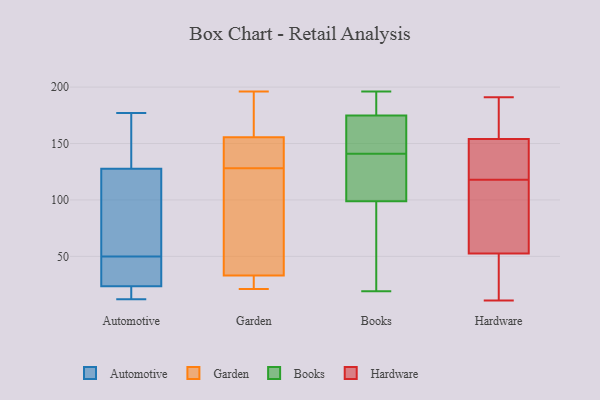
{"axis": {"x": "Conversion Rate (%)", "y": "Value"}, "legend": ["Automotive", "Books", "Garden", "Hardware"], "data": [{"x": "", "y": 142, "type": "Automotive"}, {"x": "", "y": 123, "type": "Automotive"}, {"x": "", "y": 16, "type": "Automotive"}, {"x": "", "y": 29, "type": "Automotive"}, {"x": "", "y": 26, "type": "Automotive"}, {"x": "", "y": 50, "type": "Automotive"}, {"x": "", "y": 14, "type": "Automotive"}, {"x": "", "y": 12, "type": "Automotive"}, {"x": "", "y": 50, "type": "Automotive"}, {"x": "", "y": 76, "type": "Automotive"}, {"x": "", "y": 177, "type": "Automotive"}, {"x": "", "y": 31, "type": "Automotive"}, {"x": "", "y": 165, "type": "Automotive"}, {"x": "", "y": 186, "type": "Garden"}, {"x": "", "y": 184, "type": "Garden"}, {"x": "", "y": 33, "type": "Garden"}, {"x": "", "y": 103, "type": "Garden"}, {"x": "", "y": 128, "type": "Garden"}, {"x": "", "y": 146, "type": "Garden"}, {"x": "", "y": 135, "type": "Garden"}, {"x": "", "y": 33, "type": "Garden"}, {"x": "", "y": 32, "type": "Garden"}, {"x": "", "y": 23, "type": "Garden"}, {"x": "", "y": 145, "type": "Garden"}, {"x": "", "y": 95, "type": "Garden"}, {"x": "", "y": 196, "type": "Garden"}, {"x": "", "y": 45, "type": "Garden"}, {"x": "", "y": 196, "type": "Garden"}, {"x": "", "y": 131, "type": "Garden"}, {"x": "", "y": 21, "type": "Garden"}, {"x": "", "y": 19, "type": "Books"}, {"x": "", "y": 179, "type": "Books"}, {"x": "", "y": 167, "type": "Books"}, {"x": "", "y": 84, "type": "Books"}, {"x": "", "y": 25, "type": "Books"}, {"x": "", "y": 112, "type": "Books"}, {"x": "", "y": 41, "type": "Books"}, {"x": "", "y": 162, "type": "Books"}, {"x": "", "y": 110, "type": "Books"}, {"x": "", "y": 129, "type": "Books"}, {"x": "", "y": 185, "type": "Books"}, {"x": "", "y": 195, "type": "Books"}, {"x": "", "y": 101, "type": "Books"}, {"x": "", "y": 149, "type": "Books"}, {"x": "", "y": 98, "type": "Books"}, {"x": "", "y": 168, "type": "Books"}, {"x": "", "y": 141, "type": "Books"}, {"x": "", "y": 177, "type": "Books"}, {"x": "", "y": 196, "type": "Books"}, {"x": "", "y": 140, "type": "Hardware"}, {"x": "", "y": 92, "type": "Hardware"}, {"x": "", "y": 185, "type": "Hardware"}, {"x": "", "y": 166, "type": "Hardware"}, {"x": "", "y": 153, "type": "Hardware"}, {"x": "", "y": 110, "type": "Hardware"}, {"x": "", "y": 11, "type": "Hardware"}, {"x": "", "y": 74, "type": "Hardware"}, {"x": "", "y": 155, "type": "Hardware"}, {"x": "", "y": 51, "type": "Hardware"}, {"x": "", "y": 126, "type": "Hardware"}, {"x": "", "y": 54, "type": "Hardware"}, {"x": "", "y": 191, "type": "Hardware"}, {"x": "", "y": 153, "type": "Hardware"}, {"x": "", "y": 41, "type": "Hardware"}, {"x": "", "y": 36, "type": "Hardware"}]}